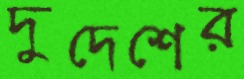
দুদেশের